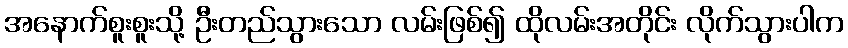
အနောက်စူးစူးသို့ ဦးတည်သွားသော လမ်းဖြစ်၍ ထိုလမ်းအတိုင်း လိုက်သွားပါက